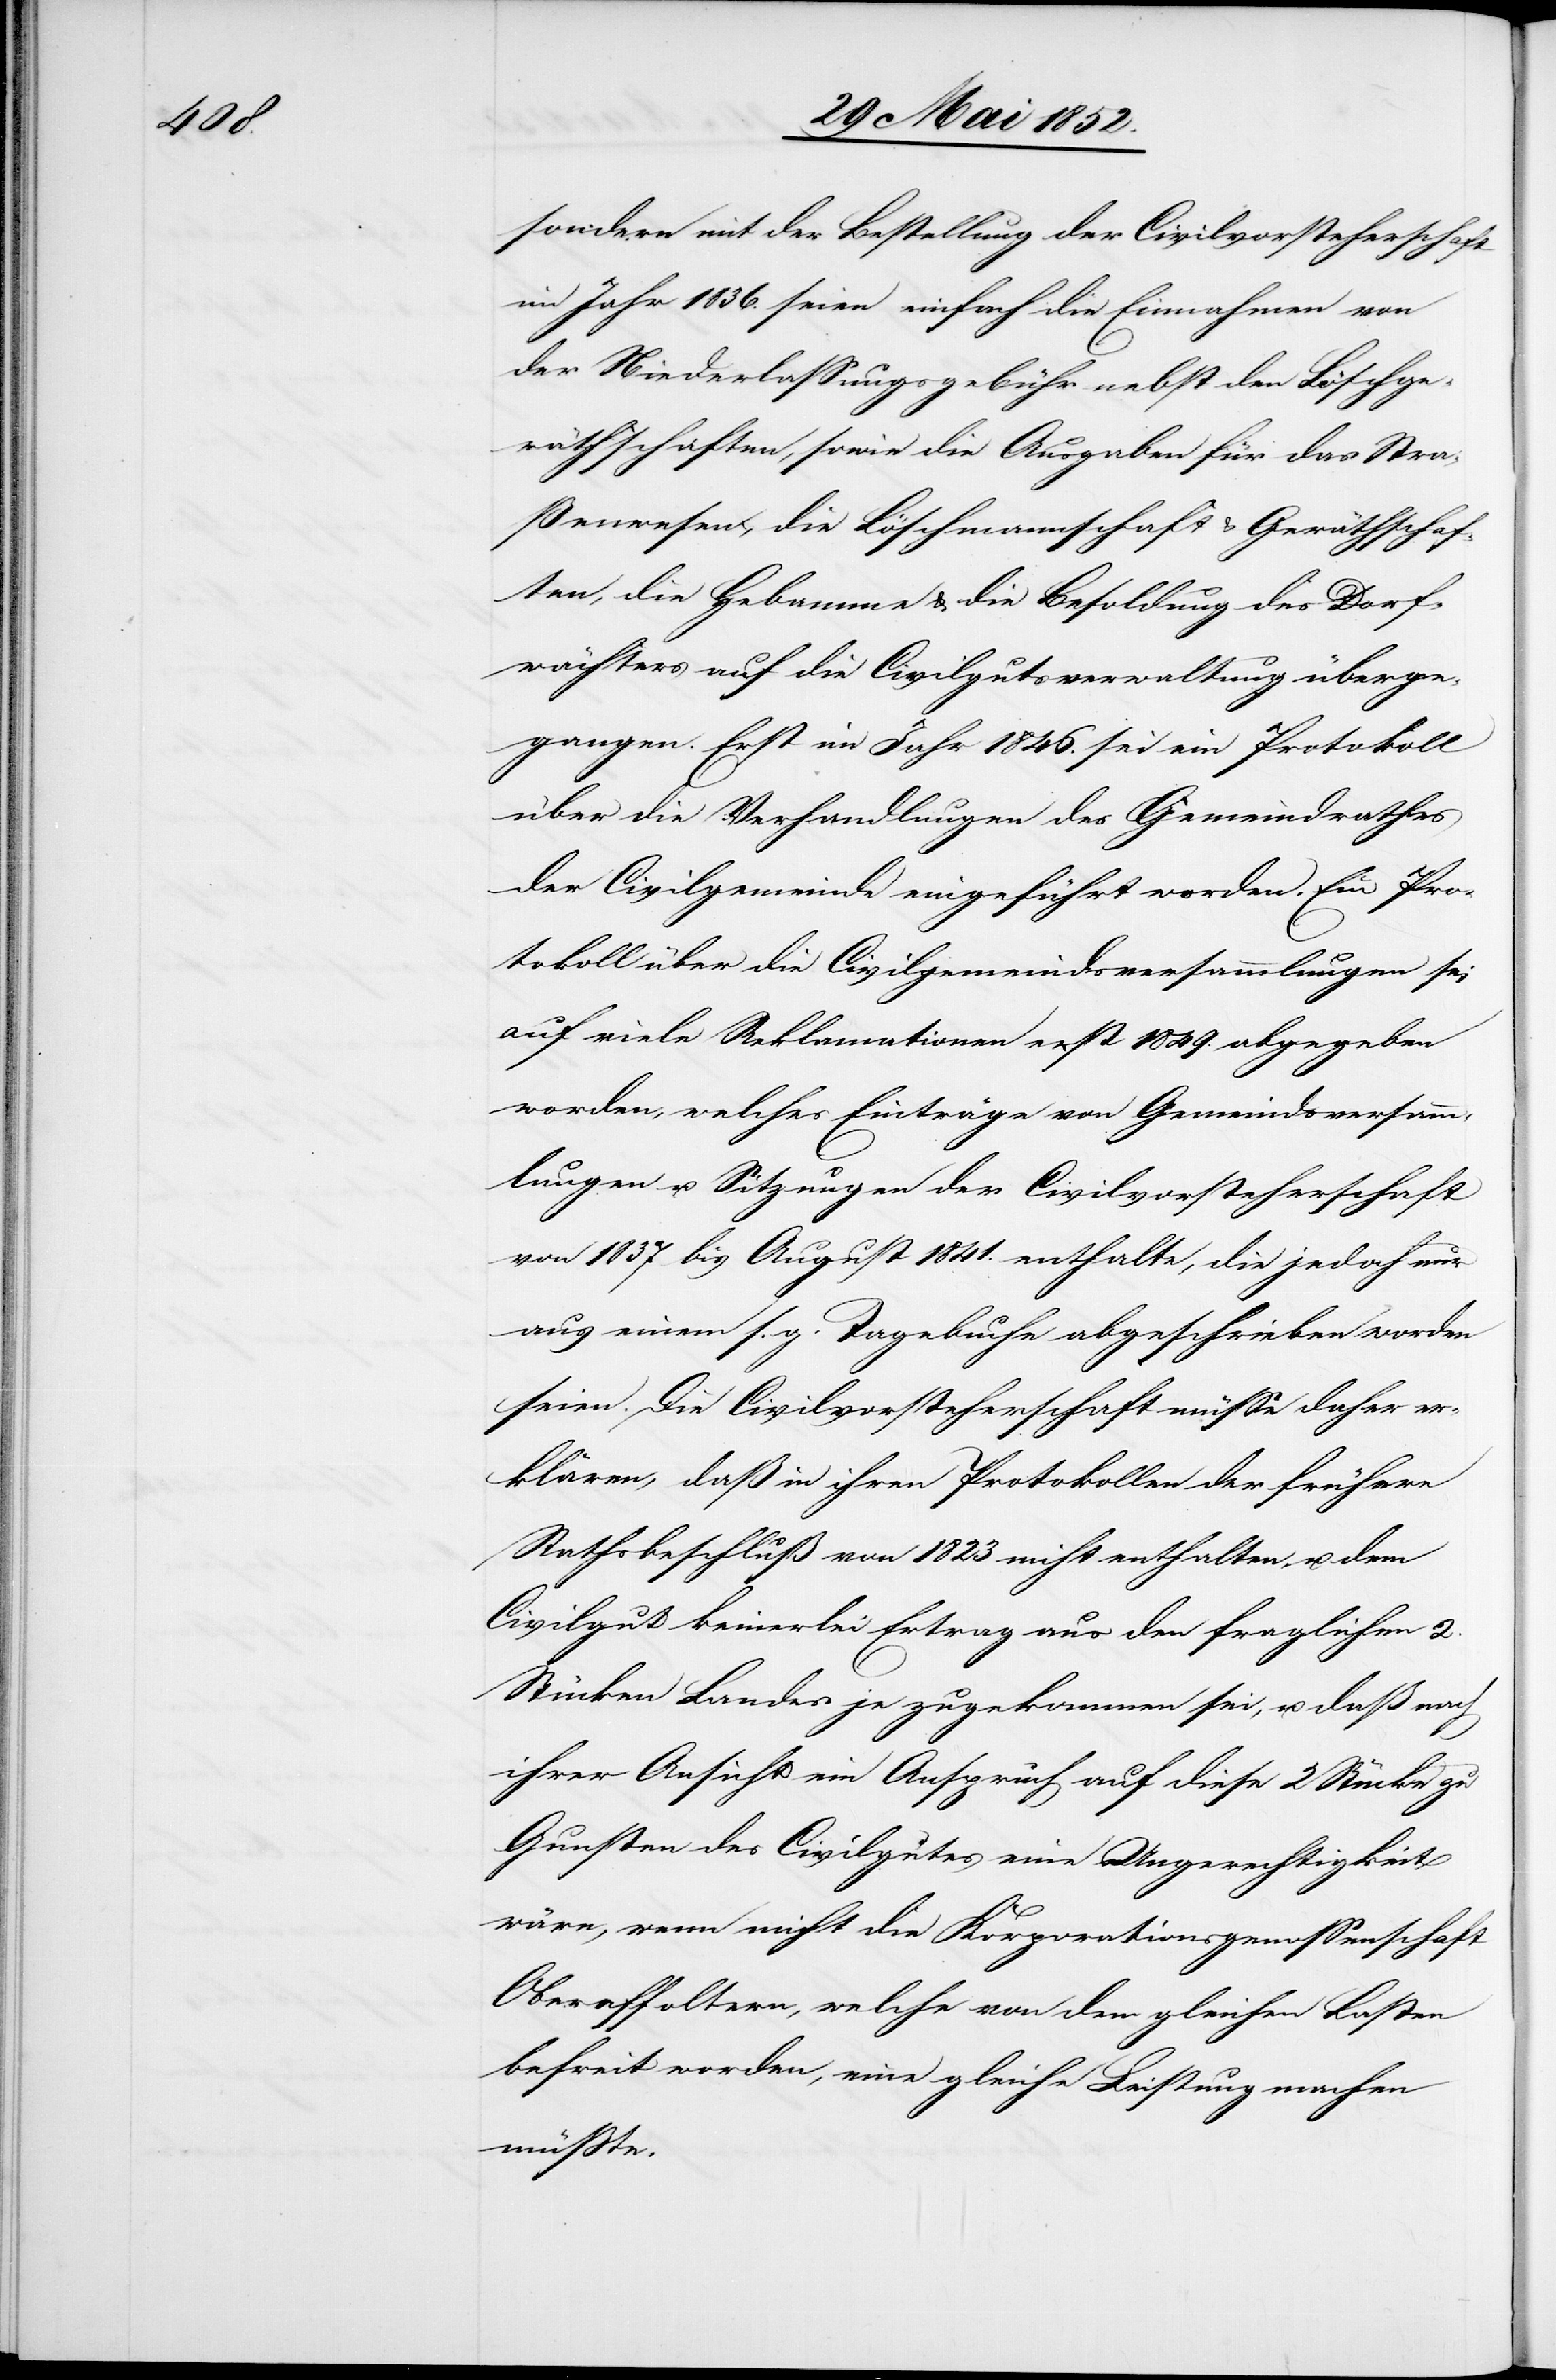
sondern mit der Bestellung der Civilvorsteherschaft
im Jahr 1836. seien einfach die Einnahmen von
der Niederlassungsgebühr nebst den Löschge¬
räthschaften, sowie die Ausgaben für das Stra¬
ßenwesen, die Löschmannschaft & Geräthschaf¬
ten, die Hebamme & die Besoldung des Dorf¬
wächters auf die Civilgutsverwaltung überge¬
gangen. Erst im Jahr 1846. sei ein Protokoll
über die Verhandlungen des Gemeindrathes
der Civilgemeinde eingeführt worden. Ein Pro¬
tokoll über die Civilgemeindsversammlungen sei
auf viele Reklamationen erst 1849. abgegeben
worden, welches Einträge von Gemeindsversamm¬
lungen u. Sitzungen der Civilvorsteherschaft
von 1837 bis August 1841. enthalte, die jedoch nur
aus einem s. g. Tagebuche abgeschrieben worden
seien. Die Civilvorsteherschaft müsse daher er¬
klären, daß in ihren Protokollen der frühere
Rathsbeschluß von 1823 nicht enthalten, u. dem
Civilgut keinerlei Ertrag aus den fraglichen 2.
Stücken Landes je zugekommen sei, u. daß nach
ihrer Ansicht ein Anspruch auf diese 2 Stücke zu
Gunsten des Civilgutes eine Ungerechtigkeit
wäre, wenn nicht die Korporationsgenossenschaft
Oberaffoltern, welche von den gleichen Lasten
befreit worden, eine gleiche Leistung machen
müsste.